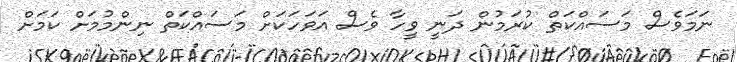
ނަަމަވެސް މަސައްކަތް ކުރަމުން ދަނީ ވީހާ ވެސް އަވަހަކަށް މަސައްކަތް ނިންމުމަށް ކަމަށް